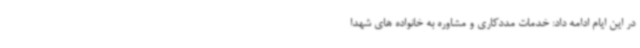
در این ایام ادامه داد: خدمات مددکاری و مشاوره به خانواده های شهدا